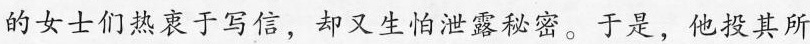
的女士们热衷于写信，却又生怕泄露秘密。于是，他投其所